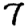
Digit: 7